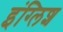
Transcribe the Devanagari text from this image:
इंग्‍लिश